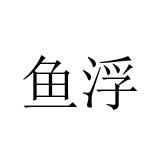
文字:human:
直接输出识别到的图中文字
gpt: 鱼浮